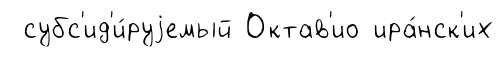
субс'ид'и́руjемый Октав'ио ира́нск'их